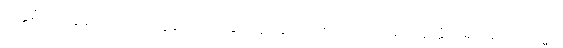
ဥတ္တရံ၊ အလွန်သည်။ ဝါ၊ လွန်သောရှုခြင်း နာခြင်း အစရှိသည်သည်။ နတ္ထိ၊ မရှိ။ ဣတိတသ္မာ၊